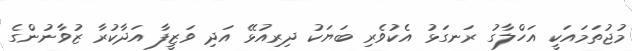
މުޖުތަަމައަކީ އަހްލާގު ރަނގަޅު އެކުވެރި ބަޔަކު ދިރިއުޅޭ އަދި ވަޒީފާ އަދާކުރާ ޒުވާނުންގެ